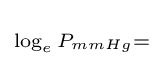
\scriptstyle \log _{e}P_{mmHg}=